Vaccination in Burma 1889-1999 - 1889-1999
Year: 1889
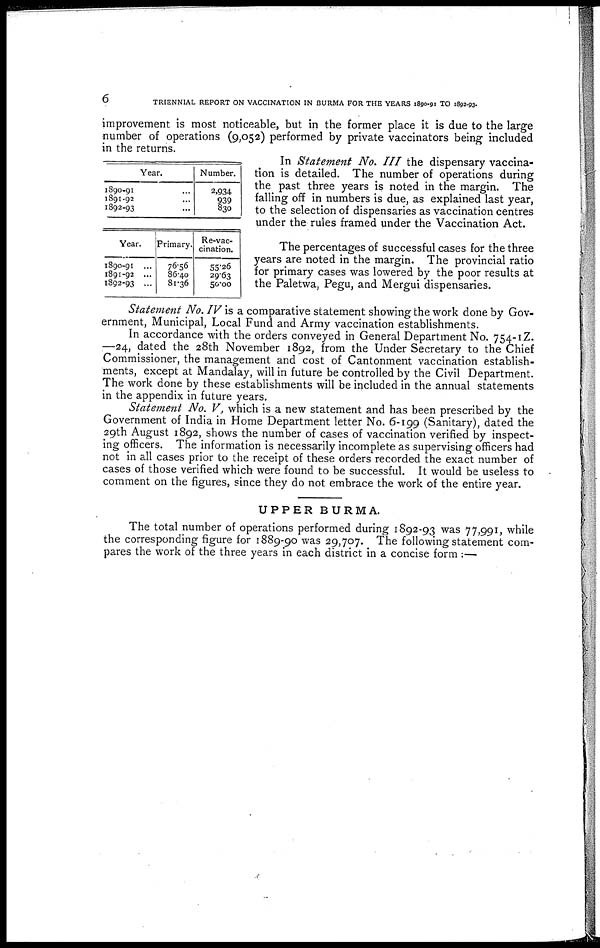
6
TRIENNIAL REPORT ON VACCINATION IN BURMA FOR THE YEARS 1890-91 TO 1892-93.
improvement is most noticeable, but in the former place it is due to the large
number of operations (9,052) performed by private vaccinators being included
in the returns.
Year.
1890-91 ...
1891-92 ...
1892-93 ...
Number.
2,934
939
830
In Statement No. III the dispensary vaccina-
tion is detailed. The number of operations during
the past three years is noted in the margin. The
falling off in numbers is due, as explained last year,
to the selection of dispensaries as vaccination centres
under the rules framed under the Vaccination Act.
Year.
1890-91 ...
1891-92 ...
1892-93 ...
Primary.
76.56
86.40
81.36
Re-vac-
cination.
55.26
29.63
50.00
The percentages of successful cases for the three
years are noted in the margin. The provincial ratio
for primary cases was lowered by the poor results at
the Paletwa, Pegu, and Mergui dispensaries.
Statement No. IV is a comparative statement showing the work done by Gov-
ernment, Municipal, Local Fund and Army vaccination establishments.
In accordance with the orders conveyed in General Department No. 754-IZ.
—24, dated the 28th November 1892, from the Under Secretary to the Chief
Commissioner, the management and cost of Cantonment vaccination establish-
ments, except at Mandalay, will in future be controlled by the Civil Department.
The work done by these establishments will be included in the annual statements
in the appendix in future years.
Statement No. V, which is a new statement and has been prescribed by the
Government of India in Home Department letter No. 6-199 (Sanitary), dated the
29th August 1892, shows the number of cases of vaccination verified by inspect-
ing officers. The information is necessarily incomplete as supervising officers had
not in all cases prior to the receipt of these orders recorded the exact number of
cases of those verified which were found to be successful. It would be useless to
comment on the figures, since they do not embrace the work of the entire year.
UPPER BURMA.
The total number of operations performed during 1892-93 was 77,991, while
the corresponding figure for 1889-90 was 29,707. The following statement com-
pares the work of the three years in each district in a concise form :—